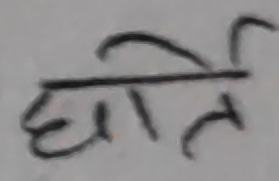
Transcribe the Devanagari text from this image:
छात्र